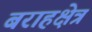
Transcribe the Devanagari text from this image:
बराहक्षेत्र